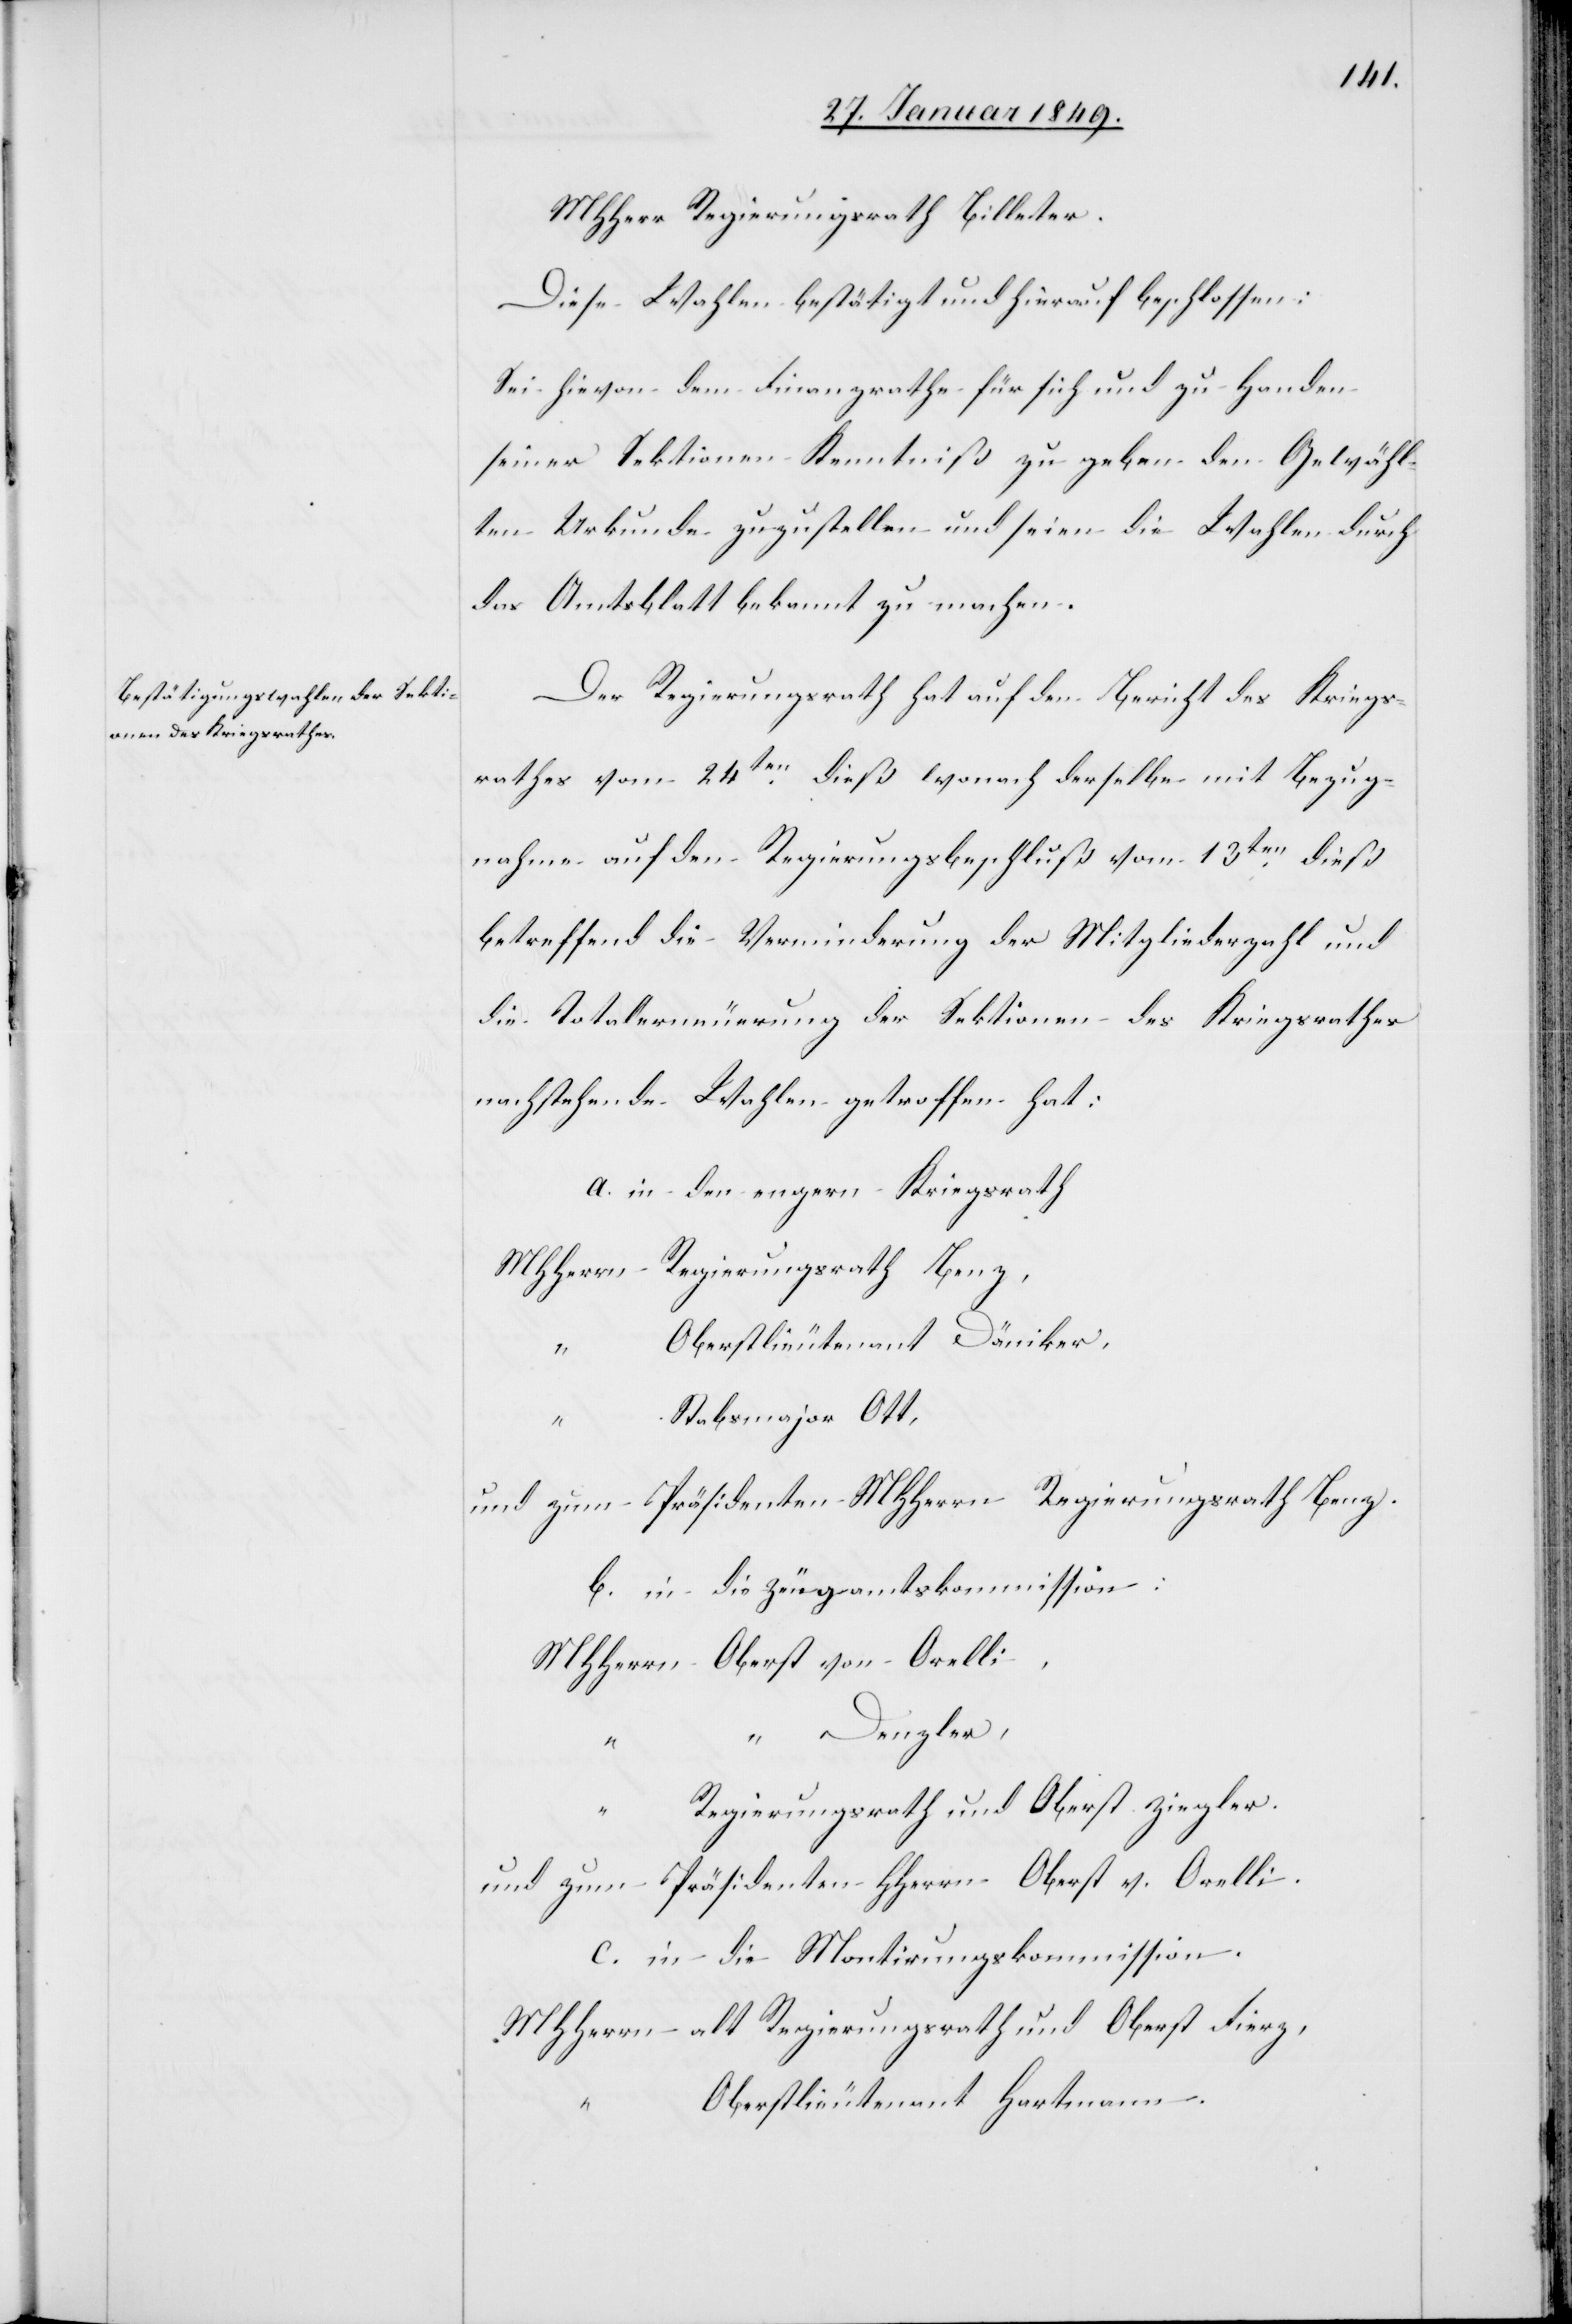
MHHerr Regierungsrath Billeter.
Diese Wahlen bestätigt und hierauf beschlossen:
Sei hievon dem Finanzrathe für sich und zu Handen
seiner Sektionen Kenntniß zu geben den Gewähl¬
ten Urkunde zuzustellen und seien die Wahlen durch
das Amtsblatt bekannt zu machen.
Der Regierungsrath hat auf den Bericht des Kriegs¬
rathes vom 24ten. dieß wonach derselbe mit Bezug¬
nahme auf den Regierungsbeschluß vom 13ten. dieß
betreffend die Verminderung der Mitgliederzahl und
die Totalerneuerung der Sektionen des Kriegsrathes
nachstehende Wahlen getroffen hat:
a. in den engern Kriegsrath
MHHerrn Regierungsrath Benz,
Oberstlieutenant Däniker,
“
Stabsmajor Ott,
und zum Präsidenten MHHerrn Regierungsrath Benz.
b. in die Zeugamtskommission:
MHHerrn Oberst von Orelli,
“ Denzler,
“
Regierungsrath und Oberst Ziegler.
und zum Präsidenten HHerrn Oberst v. Orelli.
c. in die Montirungskommission.
MHHerrn alt Regierungsrath und Oberst Fierz,
Oberstlieutenant Hartmann.